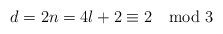
\begin{align*}d=2n=4l+2\equiv 2 \mod 3\end{align*}